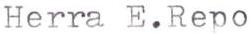
Herra E.Repo